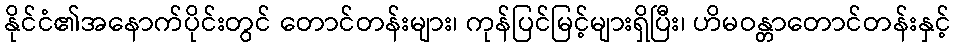
နိုင်ငံ၏အနောက်ပိုင်းတွင် တောင်တန်းများ၊ ကုန်ပြင်မြင့်များရှိပြီး၊ ဟိမဝန္တာတောင်တန်းနှင့်